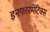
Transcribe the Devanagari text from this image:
इनफारमेटिक्स